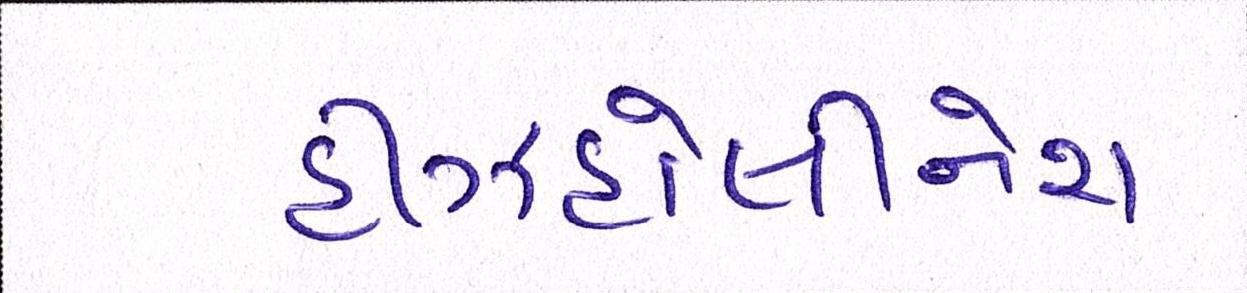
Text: હીઝહોલીનેશ